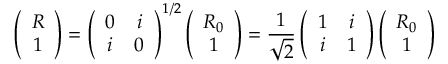
\left( \begin{array} { c } { { R } } \\ { { 1 } } \end{array} \right) = \left( \begin{array} { c c } { { 0 } } & { { i } } \\ { { i } } & { { 0 } } \end{array} \right) ^ { 1 / 2 } \left( \begin{array} { c } { { R _ { 0 } } } \\ { { 1 } } \end{array} \right) = \frac { 1 } { \sqrt 2 } \left( \begin{array} { c c } { { 1 } } & { { i } } \\ { { i } } & { { 1 } } \end{array} \right) \left( \begin{array} { c } { { R _ { 0 } } } \\ { { 1 } } \end{array} \right)